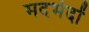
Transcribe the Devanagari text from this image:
मदभेदों